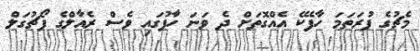
މެޗުގެ ފުރަތަމަ ހާފެކޭ އެއްގޮތަށް ދެ ވަނަ ހާފުގައި ވެސް ރެއާލްގެ ޕޯޗުގަލް